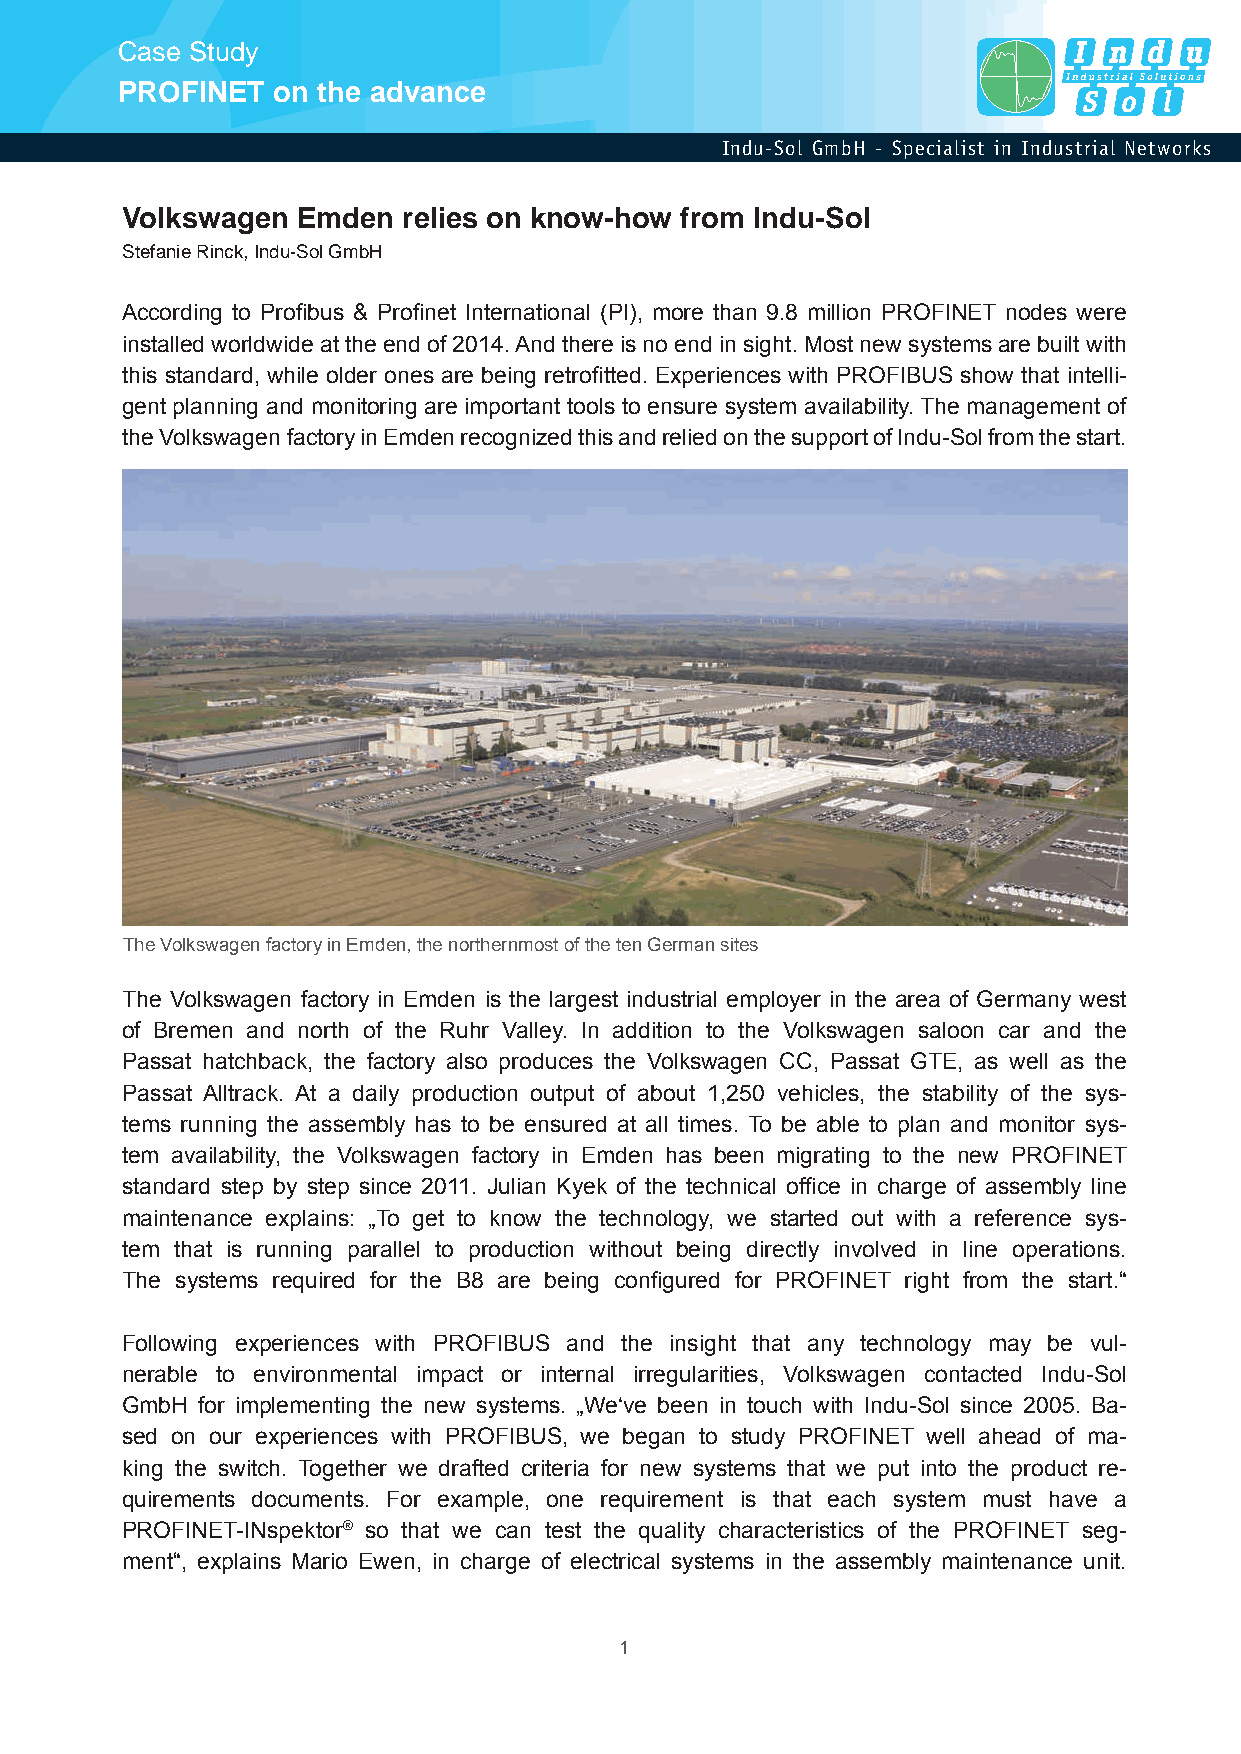
Case Study
 PROFINET  on the advance
 Indu-Sol GmbH - Specialist in Industrial Networks
 Volkswagen  Emden  relies on know-how from Indu-Sol
 Stefanie Rinck, Indu-Sol GmbH
 According to Profibus & Profinet International (PI), more than 9.8 million PROFINET nodes were
 installed worldwide at the end of 2014. And there is no end in sight. Most new systems are built with
 this standard, while older ones are being retrofitted. Experiences with PROFIBUS show that intelli-
 gent planning and monitoring are important tools to ensure system availability. The management of
 the Volkswagen factory in Emden recognized this and relied on the support of Indu-Sol from the start.
 The Volkswagen factory in Emden, the northernmost of the ten German sites
 The Volkswagen factory in Emden is the largest industrial employer in the area of Germany west
 of Bremen and north of the Ruhr Valley. In addition to the Volkswagen saloon car and the
 Passat hatchback, the factory also produces the Volkswagen CC, Passat GTE, as well as the
 Passat Alltrack. At a daily production output of about 1,250 vehicles, the stability of the sys-
 tems running the assembly has to be ensured at all times. To be able to plan and monitor sys-
 tem availability, the Volkswagen factory in Emden has been migrating to the new PROFINET
 standard step by step since 2011. Julian Kyek of the technical office in charge of assembly line
 maintenance explains: „To get to know the technology, we started out with a reference sys-
 tem that is running parallel to production without being directly involved in line operations.
 The systems required for the B8 are being configured for PROFINET right from the start.“
 Following experiences with PROFIBUS and the insight that any technology may be vul-
 nerable to environmental impact or internal irregularities, Volkswagen contacted Indu-Sol
 GmbH for implementing the new systems. „We‘ve been in touch with Indu-Sol since 2005. Ba-
 sed on our experiences with PROFIBUS, we began to study PROFINET well ahead of ma-
 king the switch. Together we drafted criteria for new systems that we put into the product re-
 quirements documents. For example, one requirement is that each system must have a
 PROFINET-INspektor® so that we can test the quality characteristics of the PROFINET seg-
 ment“, explains Mario Ewen, in charge of electrical systems in the assembly maintenance unit.
 1